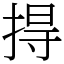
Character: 㧹